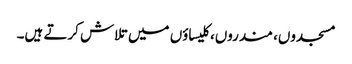
مسجدوں، مندروں، کلیساؤں میں تلاش کرتے ہیں۔